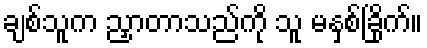
ချစ်သူက ညှာတာသည်ကို သူ မနှစ်ခြိုက်။